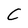
Character: C